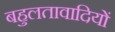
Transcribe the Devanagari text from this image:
बहुलतावादियों